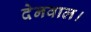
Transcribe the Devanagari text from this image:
देनवाल।